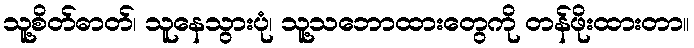
သူ့စိတ်ဓာတ်၊ သူနေသွားပုံ၊ သူ့သဘောထားတွေကို တန်ဖိုးထားတာ။